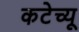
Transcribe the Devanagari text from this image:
कटेच्यू